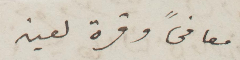
معافىً وقرة العين